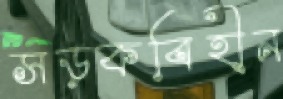
সড়কবিহীন